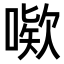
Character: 𫫙